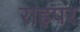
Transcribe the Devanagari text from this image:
राहपर